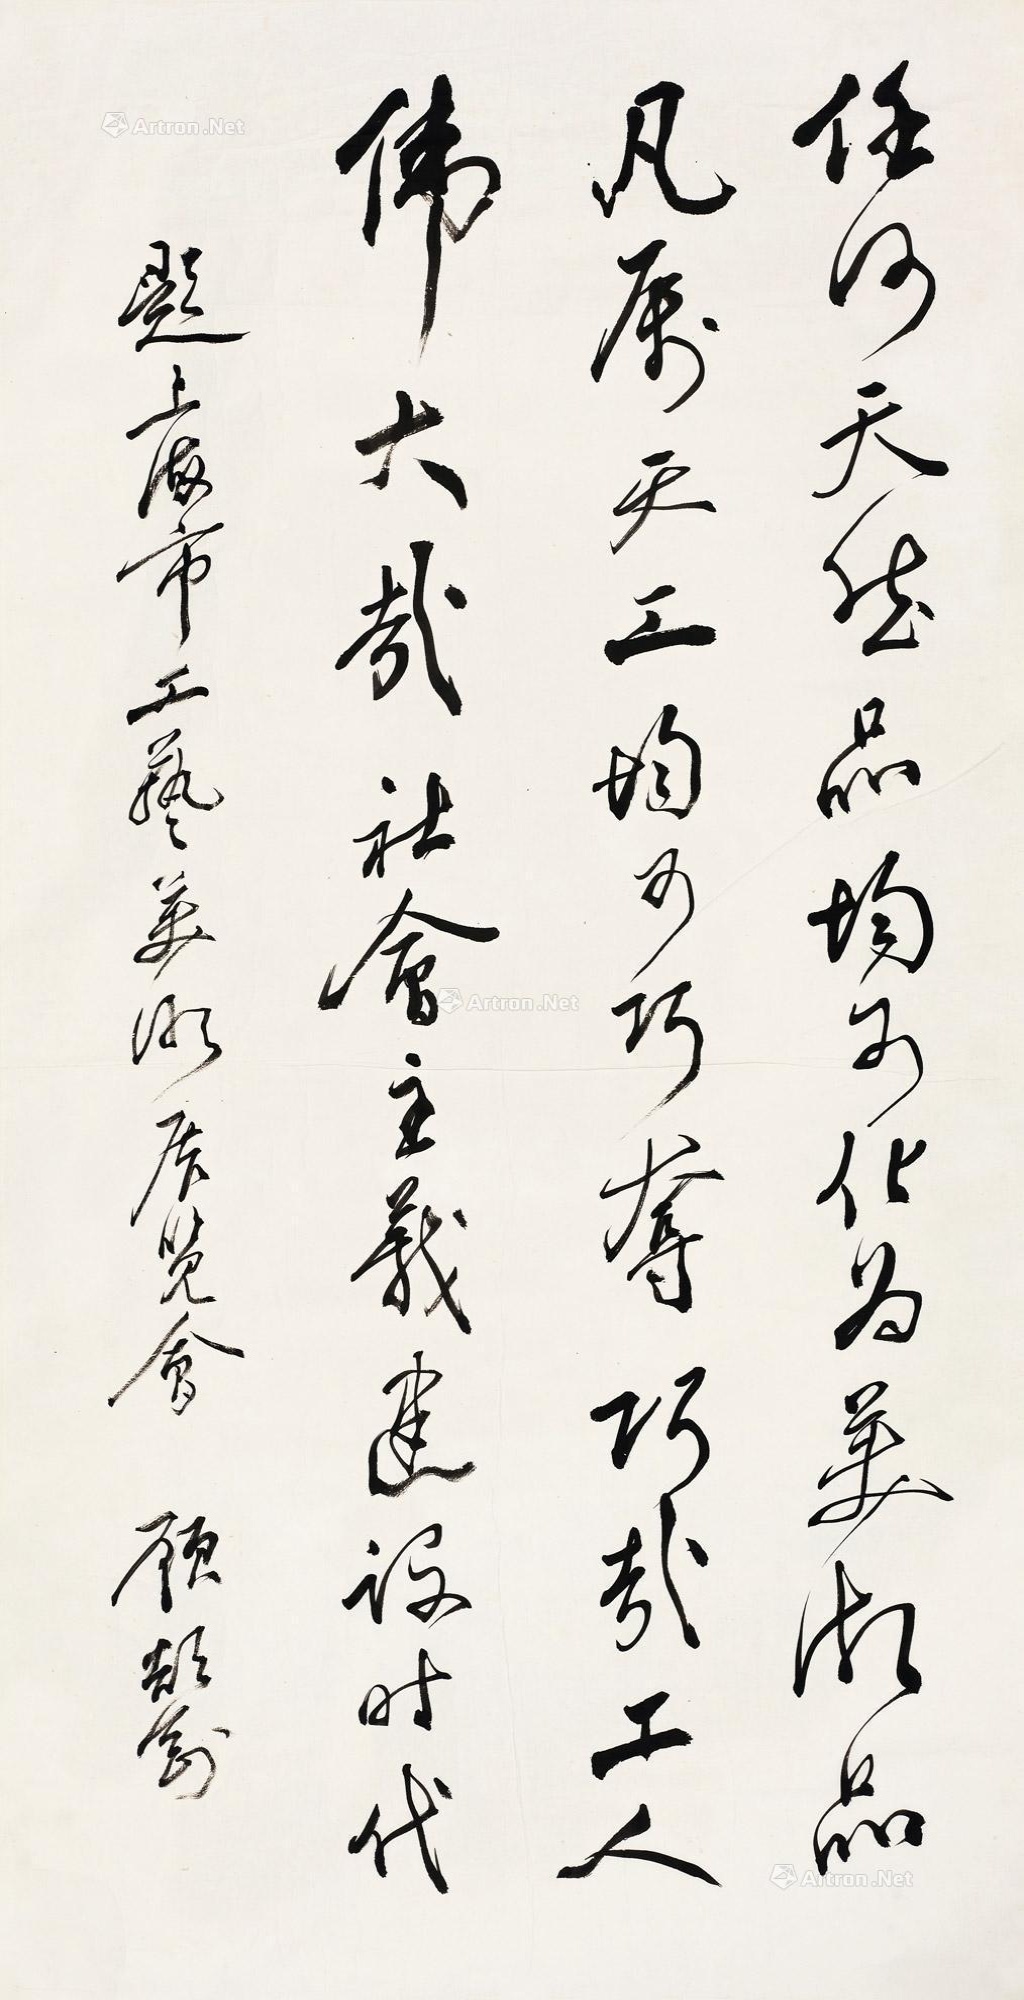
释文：任何天然品，均可化为美术品，凡属天工，均可巧夺。巧哉工人，伟大哉，社会主义建设时代。题上海市工艺美术展览会，顾颉刚。